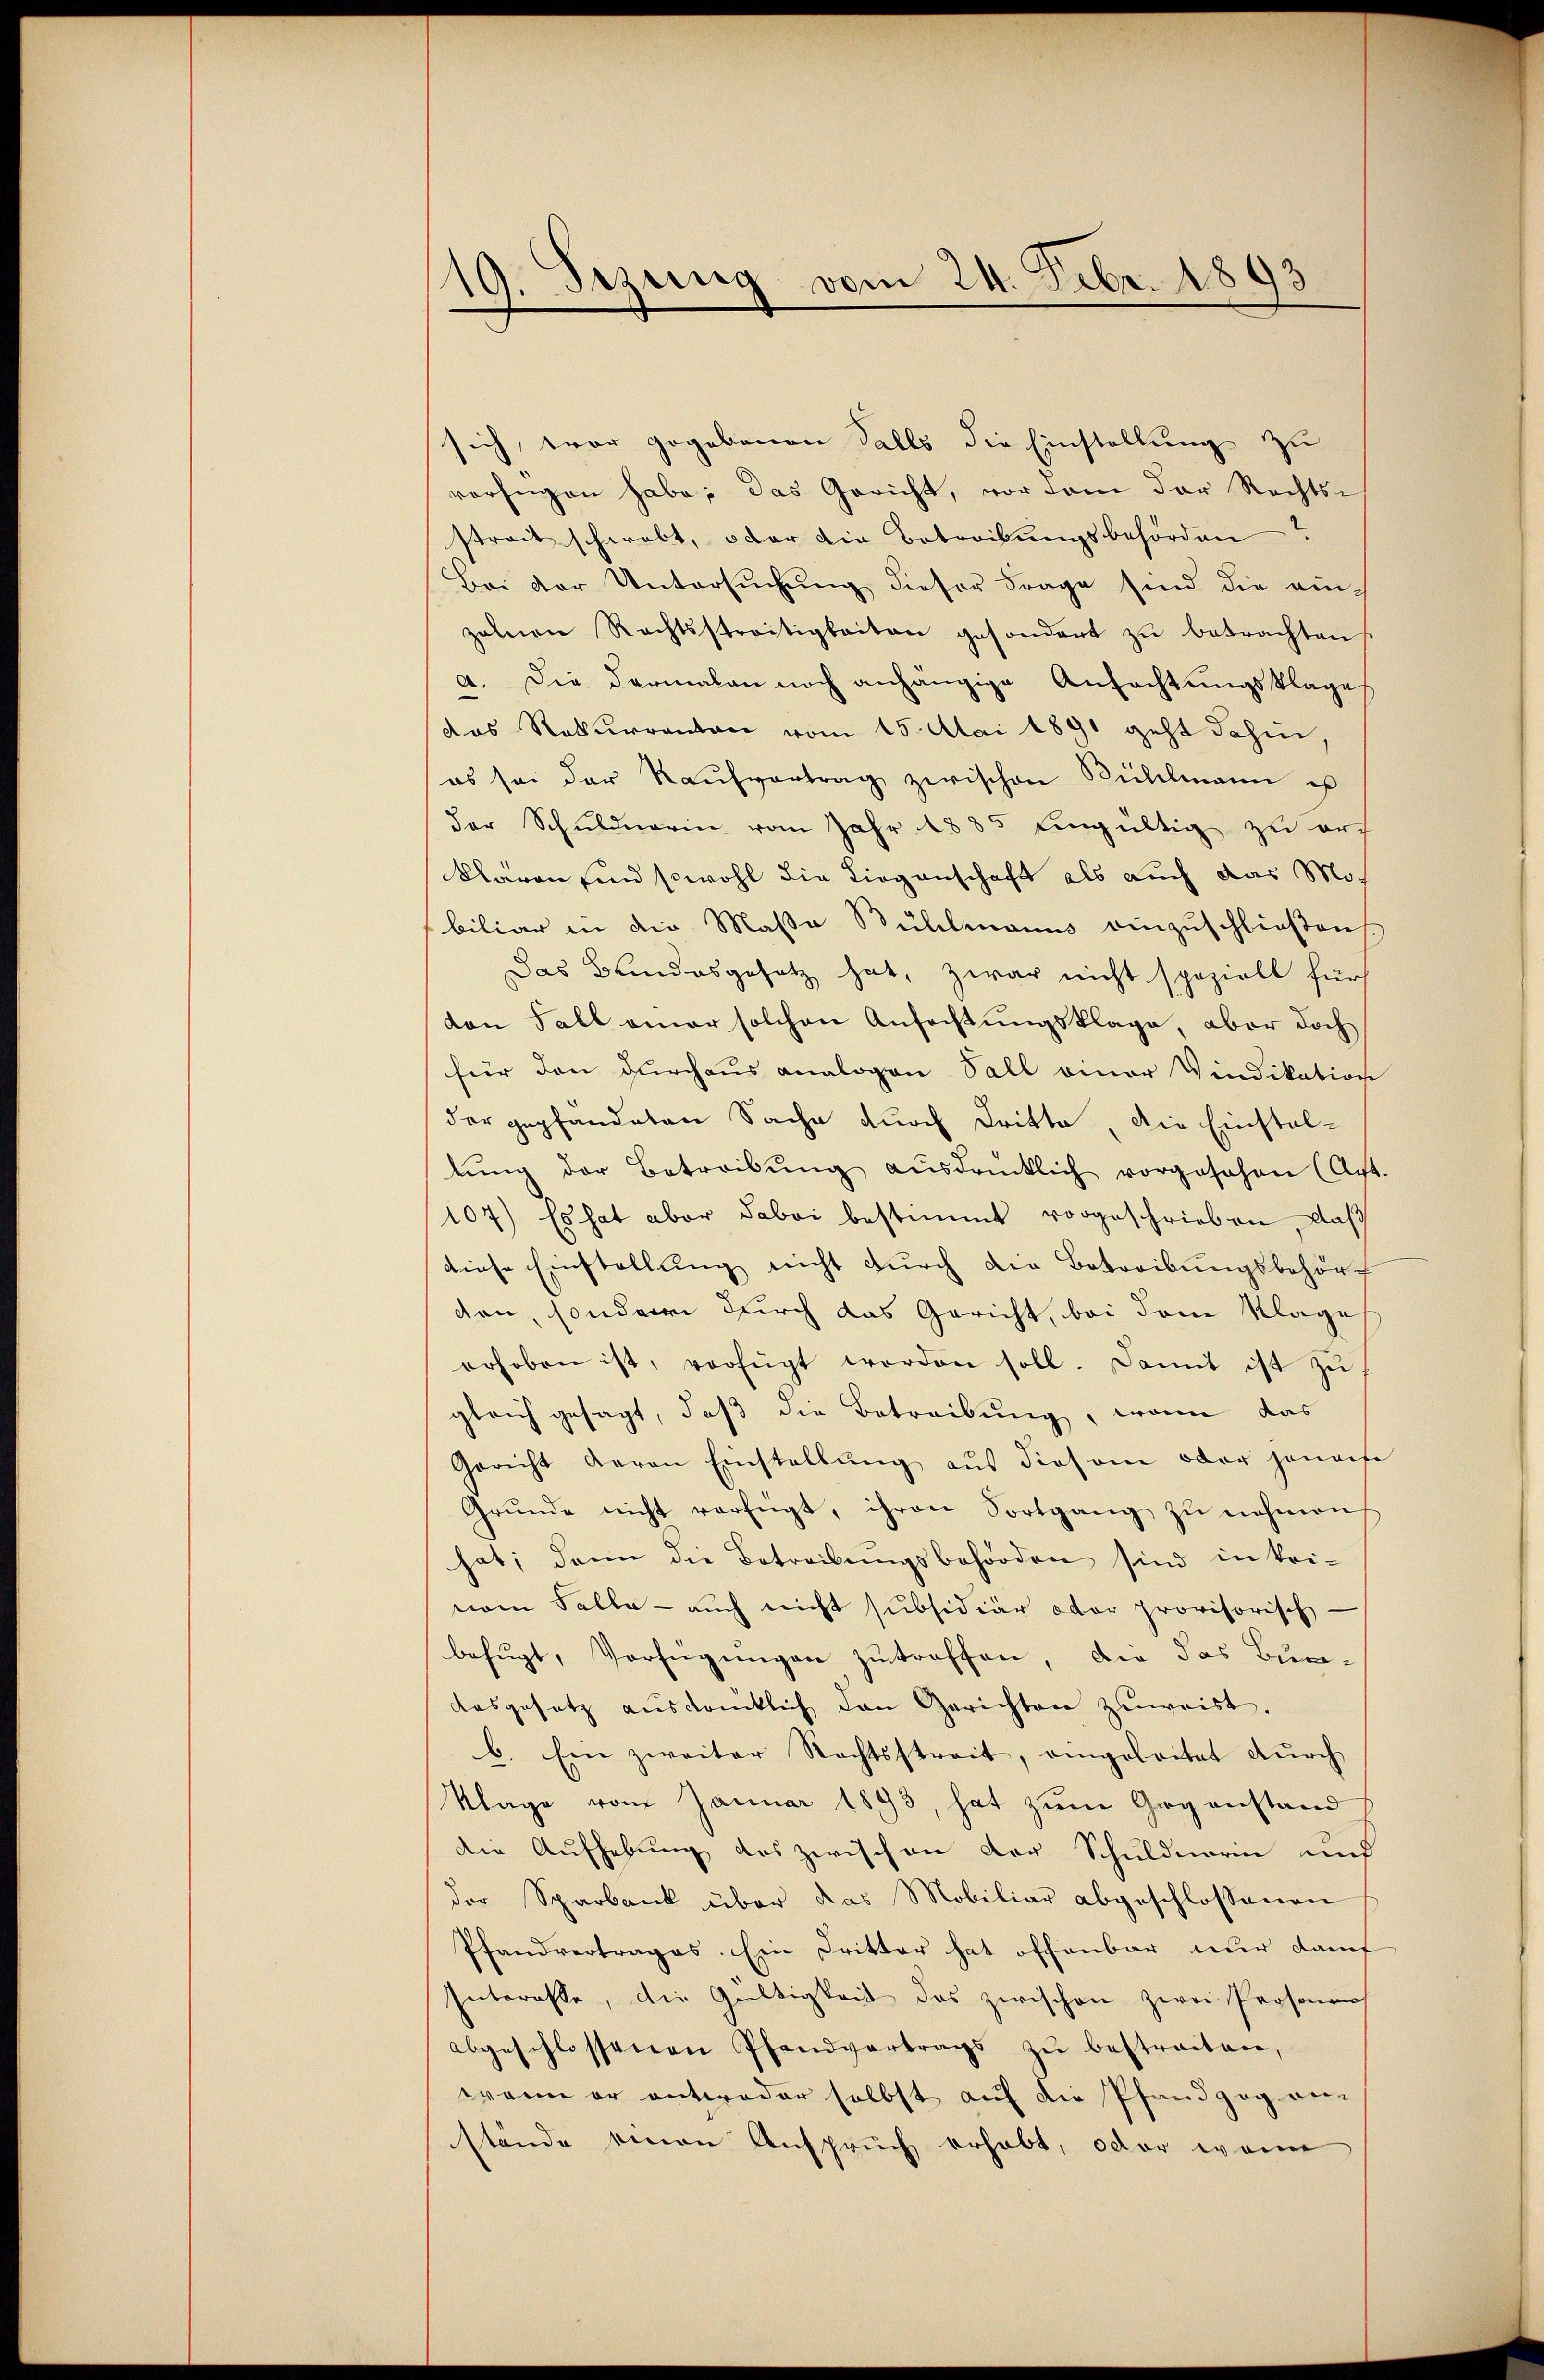
19. Jezung vom 24. Febr. 1893

sich, war gegebenen Falls die Einstellung zu
verfügen habe; das Gericht, vor dem der Rechts-
streit schwebt, oder die Betreibungsbehörden
Bei der Untersuchung dieser Frage sind die ein-
zahnen Rechtsstreitigkeiten gesondert zu betrachten
a. Die darmalen noch anhängige Anfachtungsklage
das Rekurrenten vom 15. Mai 1891 geht dahin,
es sei der Kaŭfvertrag zwischen Bühlmann es
der Schŭldnerin vom Jahr 1885 eingültig zŭ orch
klaren sind sowohl die Liegenschaft als auch das Mobiliar in die Maßa Bühlmanns einzuschließen
Das Bundesgesetz hat, zwar nicht speziell für
den Fall einer solchen Anfachtungsklage, aber doch
für den durchaus analogen Sall einer Vindikation
der gepfandaten Sache durch Dritte, die Einstaltŭng der Betreibŭng aŭsdrücklich vorgesehen (Art.
107) Es hat aber dabei bestimmt vorgeschrieben, das
diese Einstellung nicht durch die Betreibungsbehört
den, sonderen durch das Gericht, bei dene Klage
erhoben ist, verfügt worden soll. Damit ist zŭ
gleich gesagt, daß die Betreibung, wenn das
Gericht daran Einstellŭng aŭs diesem oder jenaefe
Grŭnde nicht verfügt, ihren Fortgang zŭ nehmen,
hat; dann die Betreibungsbehörden sind in keinem Falle - auch nicht subsidiär oder provisorisch
befugt, Verfügungen zutreffen, die das Bun¬
Aasgesetz aŭsdrücklich den Gerichten zŭweist.
b. Ein zweiter Rechtsstreit, eingeleitet durch
Klage vom Januar 1893, hat zum Gegenstand
die Aufhebung des zwischen der Schuldnerin und
der Sparbank über das Mobiliar abgeschlossenen
Pfandvertrages. Ein Dritter hat offenbar nur darf
Interasse, die Gültigkeit des zwischen zwei Prosonis
abgeschlossenen Pfandvertrags zŭ bestreiten,
wenn er antweder selbst auf die Pfandzog anstände einen Anspruch erhabt, oder wenn